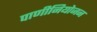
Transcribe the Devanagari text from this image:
पाणीनियोजन